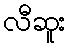
လီဆူး